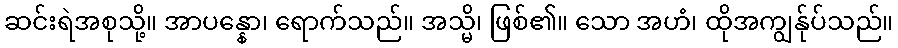
ဆင်းရဲအစုသို့။ အာပန္နော၊ ရောက်သည်။ အသ္မိ၊ ဖြစ်၏။ သော အဟံ၊ ထိုအကျွန်ုပ်သည်။